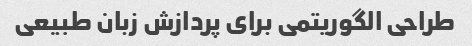
طراحی الگوریتمی برای پردازش زبان طبیعی